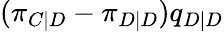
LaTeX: (\pi_{C|D}-\pi_{D|D})q_{D|D}